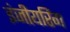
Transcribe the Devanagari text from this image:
इंजीयरिंग